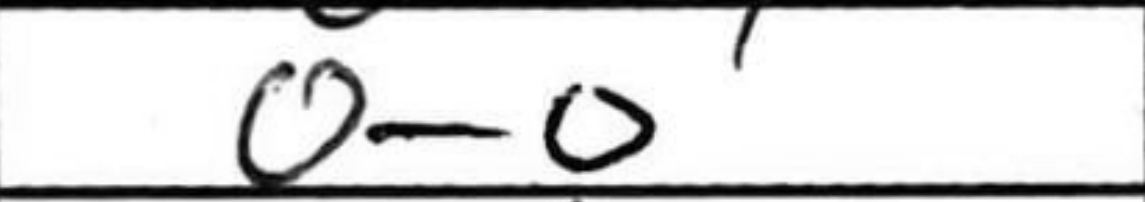
Transcription: O-O